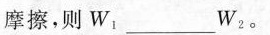
摩擦，则W_{1}___W_{2}。